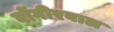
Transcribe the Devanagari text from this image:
बोंगीरवाल